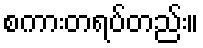
စကားတရပ်တည်း။